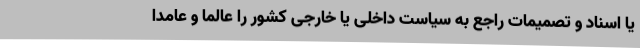
یا اسناد و تصمیمات راجع به سیاست داخلی یا خارجی کشور را عالما و عامدا